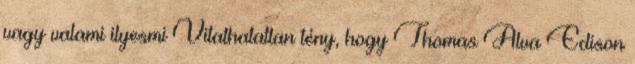
vagy valami ilyesmi Vitathatatlan tény, hogy Thomas Alva Edison